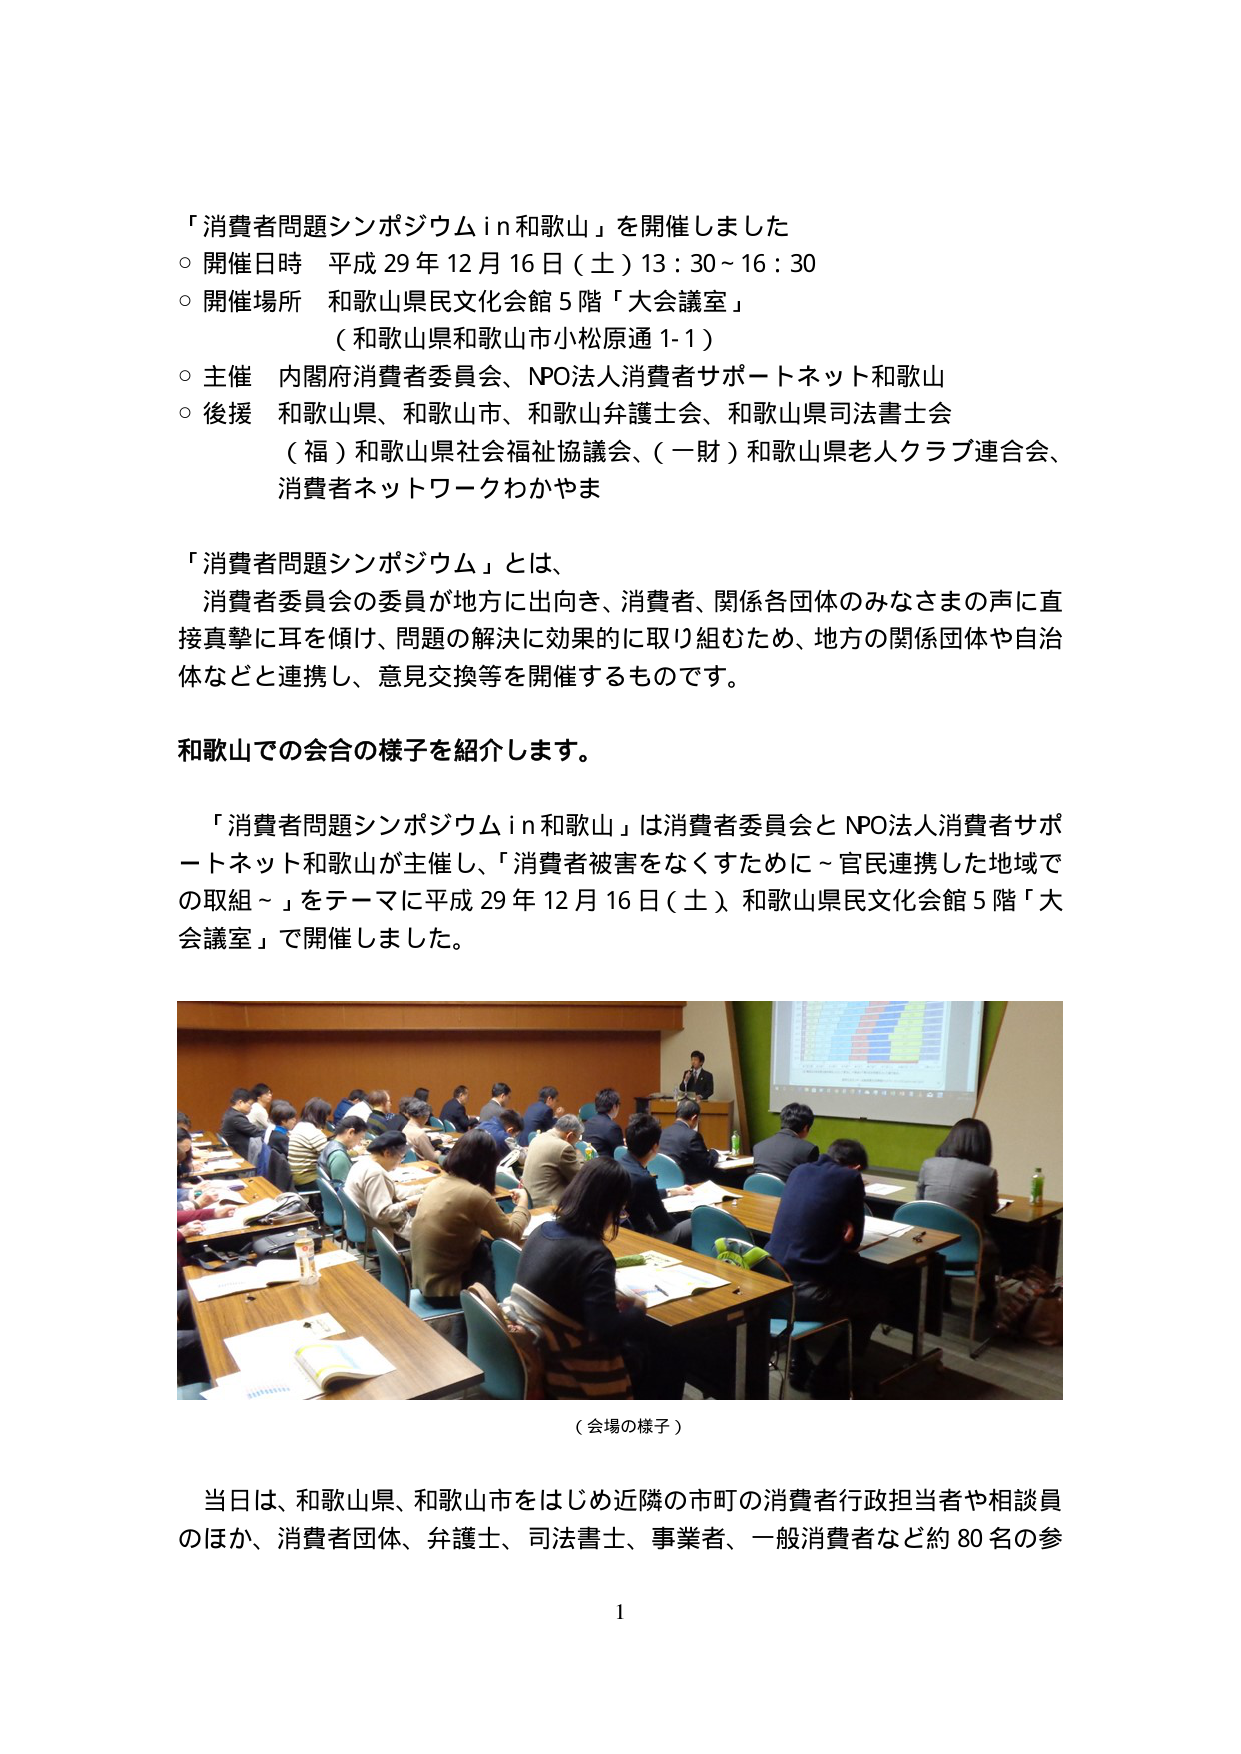
「消費者問題シンポジウム in 和歌山」を開催しました
○ 開催日時 平成 29 年 12 月 16 日（土）13：30～16：30
○ 開催場所 和歌山県民文化会館 5 階「大会議室」
　（和歌山県和歌山市小松原通 1-1）
○ 主催 内閣府消費者委員会、NPO法人消費者サポートネット和歌山
○ 後援 和歌山県、和歌山市、和歌山弁護士会、和歌山県司法書士会
　（福）和歌山県社会福祉協議会、（一財）和歌山県老人クラブ連合会、
　消費者ネットワークわかやま

「消費者問題シンポジウム」とは、
　消費者委員会の委員が地方に出向き、消費者、関係各団体のみなさまの声に直
　接真摯に耳を傾け、問題の解決に効果的に取り組むため、地方の関係団体や自治
　体などと連携し、意見交換等を開催するものです。

和歌山での会合の様子を紹介します。

　「消費者問題シンポジウム in 和歌山」は消費者委員会と NPO法人消費者サポ
　ートネット和歌山が主催し、「消費者被害をなくすために～官民連携した地域で
　の取組～」をテーマに平成 29 年 12 月 16 日（土）和歌山県民文化会館 5 階「大
　会議室」で開催しました。

（会場の様子）

当日は、和歌山県、和歌山市をはじめ近隣の市町の消費者行政担当者や相談員
のほか、消費者団体、弁護士、司法書士、事業者、一般消費者など約 80 名の参

1